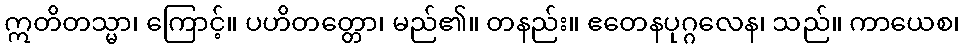
ဣတိတသ္မာ၊ ကြောင့်။ ပဟိတတ္တော၊ မည်၏။ တနည်း။ ဧတေနပုဂ္ဂလေန၊ သည်။ ကာယေစ၊